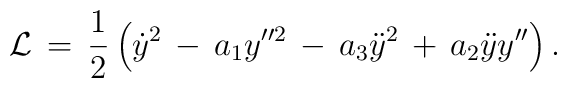
{\cal L}\,=\,\frac{1}{2}\left(\dot{y}^2\,-\,a_{1}y''^2\,-\,a_{3}\ddot{y}^2\,+\,a_{2}\ddot{y}y''\right).